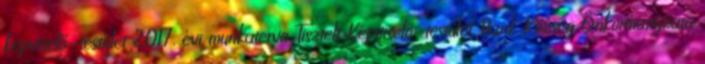
képviselő-testület 2017. évi munkaterve Tisztelt Képviselő-testület Bánk Község Önkormányzata